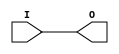
// $Header: /devl/xcs/repo/env/Databases/CAEInterfaces/verunilibs/s/IBUFG_LVDCI_33.v,v 1.8.22.1 2003/11/18 20:41:35 wloo Exp $

/*

FUNCTION	: INPUT BUFFER

*/

`timescale  100 ps / 10 ps


module IBUFG_LVDCI_33 (O, I);

    output O;

    input  I;

	buf B1 (O, I);

    specify
	(I *> O) = (0, 0);
    endspecify

endmodule